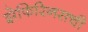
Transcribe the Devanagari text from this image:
झेफिरिनसची